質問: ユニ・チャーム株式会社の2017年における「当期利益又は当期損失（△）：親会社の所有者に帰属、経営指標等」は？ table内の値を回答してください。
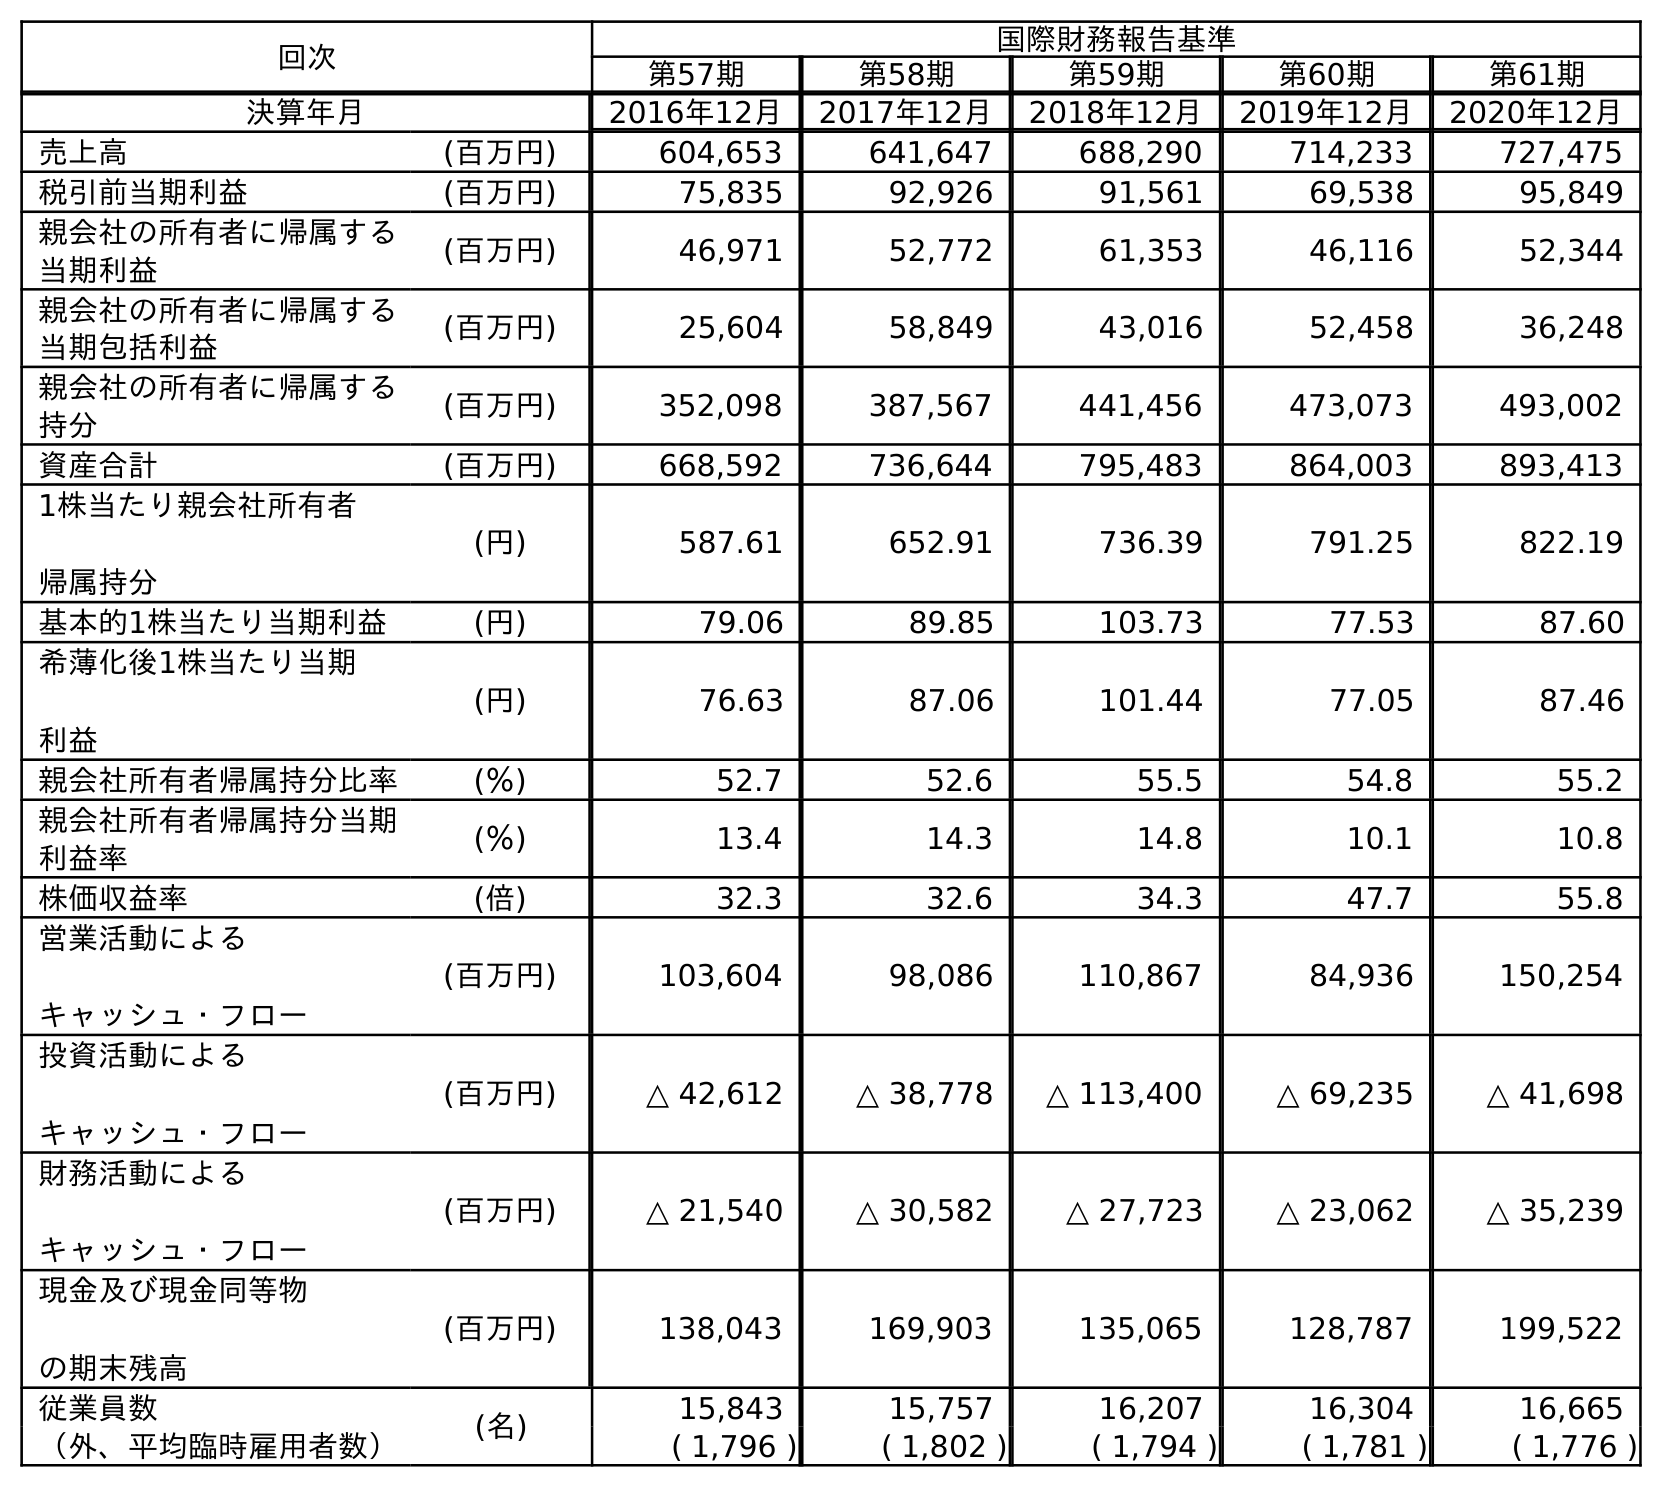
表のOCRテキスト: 回次 国際財務報告基準 第57期 第58期 第59期 第60期 第61期 決算年月 2016年12月 2017年12月 2018年12月 2019年12月 2020年12月 売上高 (百万円) 604,653 641,647 688,290 714,233 727,475 税引前当期利益 (百万円) 75,835 92,926 91,561 69,538 95,849 親会社の所有者に帰属する 当期利益 (百万円) 46,971 52,772 61,353 46,116 52,344 親会社の所有者に帰属する 当期包括利益 (百万円) 25,604 58,849 43,016 52,458 36,248 親会社の所有者に帰属する 持分 (百万円) 352,098 387,567 441,456 473,073 493,002 資産合計 (百万円) 668,592 736,644 795,483 864,003 893,413 1株当たり親会社所有者 帰属持分 (円) 587.61 652.91 736.39 791.25 822.19 基本的1株当たり当期利益 (円) 79.06 89.85 103.73 77.53 87.60 希薄化後1株当たり当期 利益 (円) 76.63 87.06 101.44 77.05 87.46 親会社所有者帰属持分比率 (％) 52.7 52.6 55.5 54.8 55.2 親会社所有者帰属持分当期 利益率 (％) 13.4 14.3 14.8 10.1 10.8 株価収益率 (倍) 32.3 32.6 34.3 47.7 55.8 営業活動による キャッシュ・フロー (百万円) 103,604 98,086 110,867 84,936 150,254 投資活動による キャッシュ・フロー (百万円) △ 42,612 △ 38,778 △ 113,400 △ 69,235 △ 41,698 財務活動による キャッシュ・フロー (百万円) △ 21,540 △ 30,582 △ 27,723 △ 23,062 △ 35,239 現金及び現金同等物 の期末残高 (百万円) 138,043 169,903 135,065 128,787 199,522 従業員数 (名) 15,843 15,757 16,207 16,304 16,665 （外、平均臨時雇用者数） ( 1,796 ) ( 1,802 ) ( 1,794 ) ( 1,781 ) ( 1,776 )
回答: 52,772